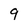
Character: 9